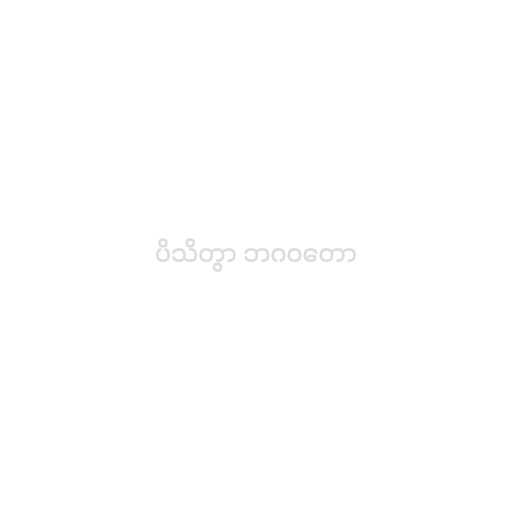
ပိသိတွာ ဘဂဝတော